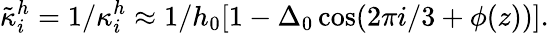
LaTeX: \tilde{\kappa}_{i}^{h}=1/\kappa_{i}^{h}\approx 1/h_{0}[1-\Delta_{0}\cos(2\pi i/3+\phi(z))].